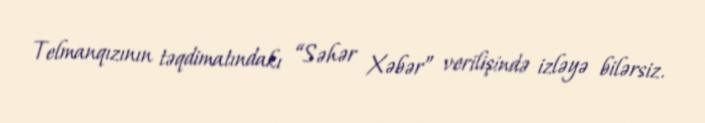
Telmanqızının təqdimatındakı “Səhər Xəbər” verilişində izləyə bilərsiz.